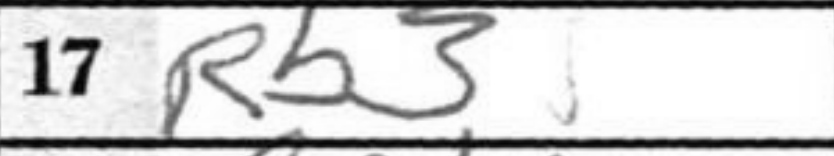
Transcription: Rb3